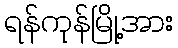
ရန်ကုန်မြို့အား